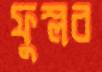
ফুস্‌লব